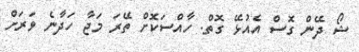
ޝޯ ދޭން ގޮސް އެއުޅޭ ގޮތް. ހާއްސަކޮށް ތޭރަ މަޖާ ހަދާނެ ވަރަށް